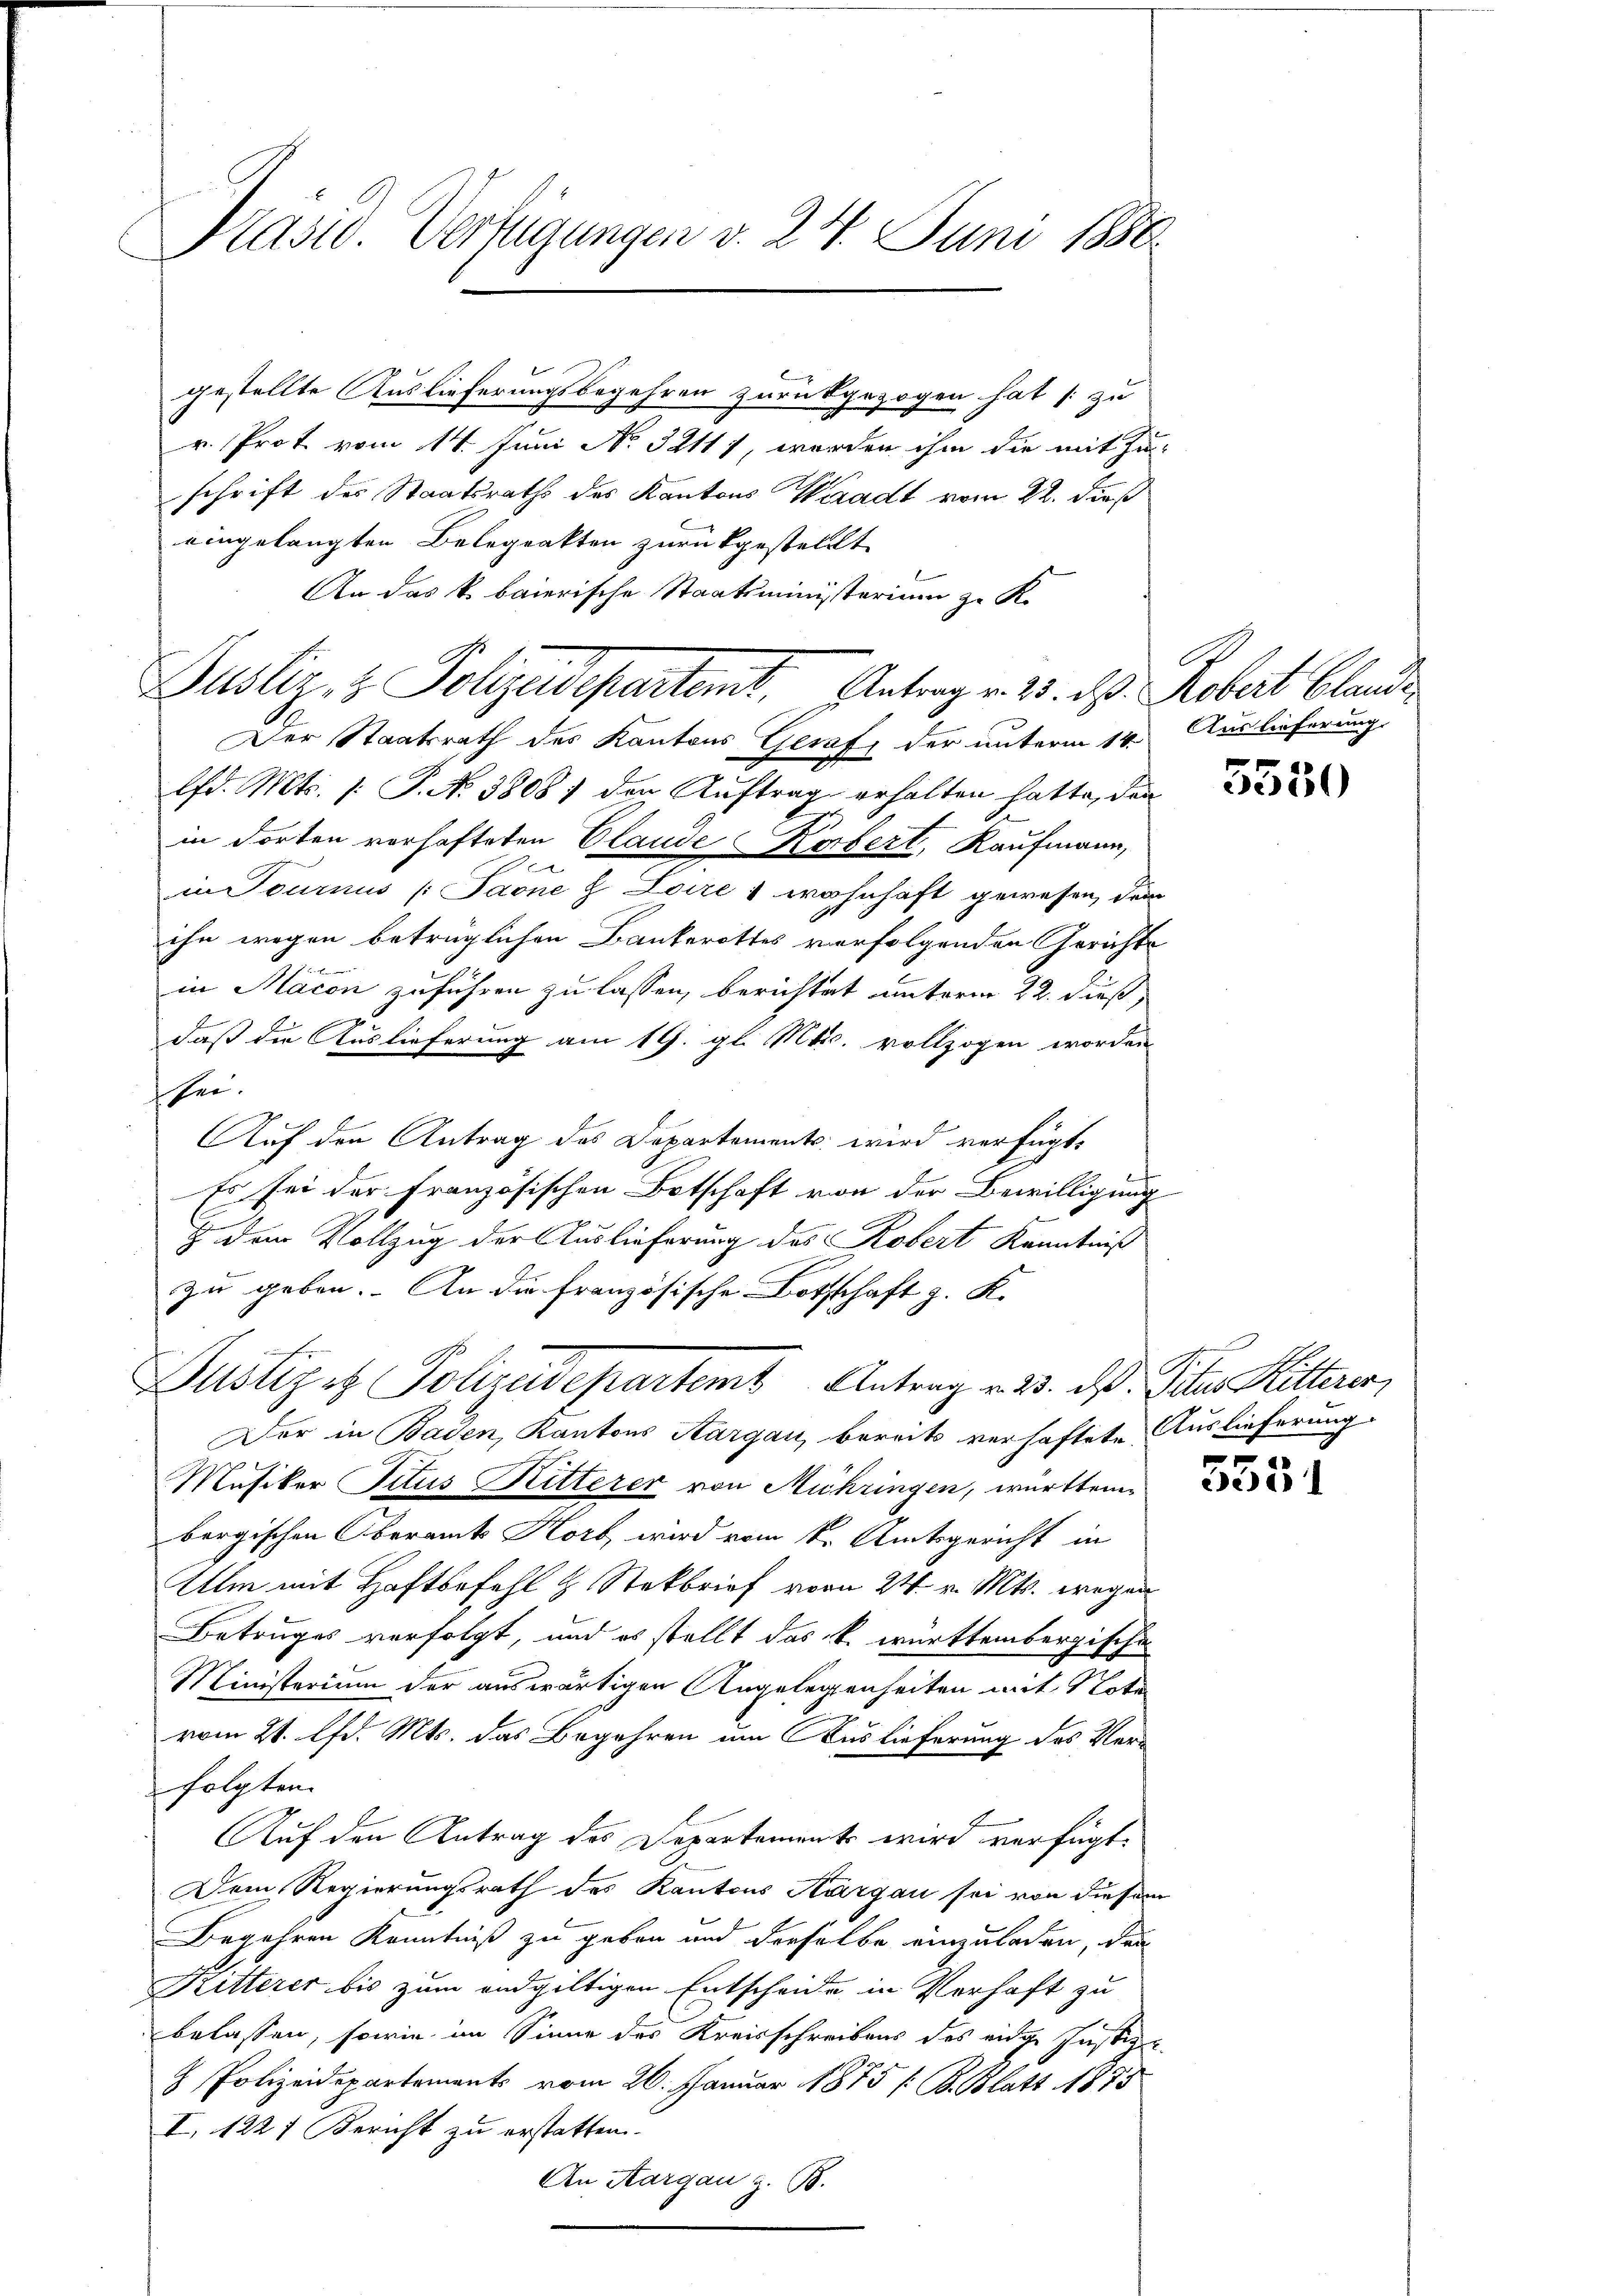
Prasio. Verfügungen v. 24. Juni 1880.

r. Prot vom 14. Juni No 32111, worden ihm die mit Zu-
schrift des Staatsraths des Kantons Waadt vom 22. dieß
eingelangten Belegrakten zurückgestellt
An das k. baierische Staatsministerium zu K.

gestellte Auslieferungsbegehren zurückgezogen hat [zu

Justiz- & Polizadepartemt, Antrag v. 25. d. Robert blande

ruhen

Dusuper Polizeidepartemt Antrag v. 23. ds. Peter Ritterer

Der Staatsrath des Kantons Gerafz der unterm 14. Auslieferung
lfd. Mts. /: P. No 38087 den Auftrag erhalten hatte, den
in dorten verhafteten Claude Körbert, Kaufmann,
n
in Tournus (Paone z Loire & wohnhaft gewesen, dem
ihn wegen betrüglichen Bankerottes verfolgenden Gerichte
in Macon zuführen zu lassen, berichtet unterm 22. dieß,
x
daß die Auslieferung am 19. gl. Mts. vollzogen worden
sei.
Auf den Antrag des Departements wird verfügt,
Es sei der Französischen Botschaft von der Bewilligung
& dem Vollzug der Auslieferung des Robert Kenntniß
zu geben. An die französische Bothschaft z. K.
Der in Baden, Kantons Aargau, bereits verhaftete Auslieferung
Musiker Titus Ritterer von Mühringen, württem
bergischen Oberamt Horb wird vom k. Amtsgericht in
Ulm mit Haftbefehl & Steckbrief vom 24. v. Mts. wegen
Betruges verfolgt, und es stellt das k. württembergische
Ministerium der auswärtigen Angelegenheiten mit Note
e
vom 21. d. Mts. das Begehren um Auslieferung des Verfolgten.
Auf den Antrag des Departements wird verfügt:
Dem Regierungsrath des Kantons Aargau sei von diesem
Begehren Kenntniß zu geben und derselbe einzuladen, den
Kitterer bis zum endgültigen Entscheide in Verhaft zu
belassen, sowie im Sinne des Kreisschreibens des eidge Justiz
 Polizeidepartements vom 26. Januar 1875 / B. Blatt 1875
I. 1227 Bericht zu erstatten.
An Aargau z. B.

5550

553